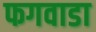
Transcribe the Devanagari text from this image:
फगवाडा